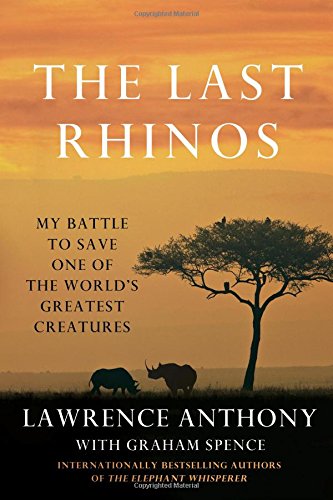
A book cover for The Last Rhinos: My Battle to Save One of the World's Greatest Creatures; Lawrence Anthony; Science & Math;